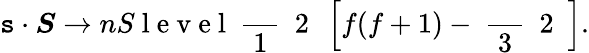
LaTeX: \boldsymbol{\mathtt{s}}\cdot\boldsymbol{S}\xrightarrow{}{{{nS\mathrm{{~l~e~v~e~l~}}}}}\mathrm{{~\frac{~}{{~1~}}~{~2~}~}}\left[f(f+1)-\mathrm{{~\frac{~}{{~3~}}~{~2~}~}}\right].